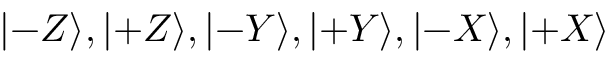
| { - } Z \rangle , | { + } Z \rangle , | { - } Y \rangle , | { + } Y \rangle , | { - } X \rangle , | { + } X \rangle